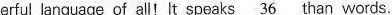
erful language of at!It speaks \underline{36} than words.